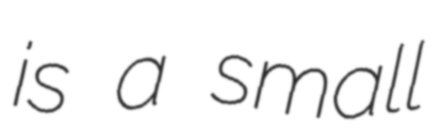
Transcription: is a small